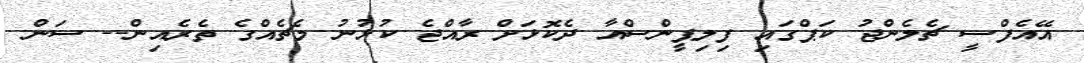
އޭއެފްސީ ޗެލެންޖު ކަޕްގައި ފިލިޕީންސްއާ ދެކޮޅަށް ރާއްޖެ ކުޅުނު މެޗެއްގެ ތެރެއިން-- ސަން